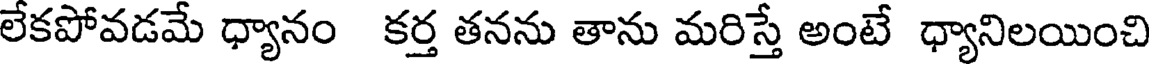
లేకపోవడమే ధ్యానం కర్త తనను తాను మరిస్తే అంటే ధ్యానిలయించి